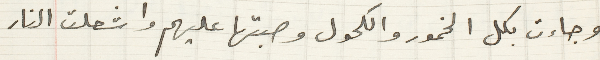
وجاءت بكل الخمور والكحول وصبتها عليهم واشعلت النار